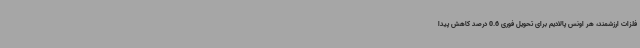
فلزات ارزشمند، هر اونس پالادیم برای تحویل فوری 0.6 درصد کاهش پیدا